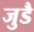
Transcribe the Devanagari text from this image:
जुडै